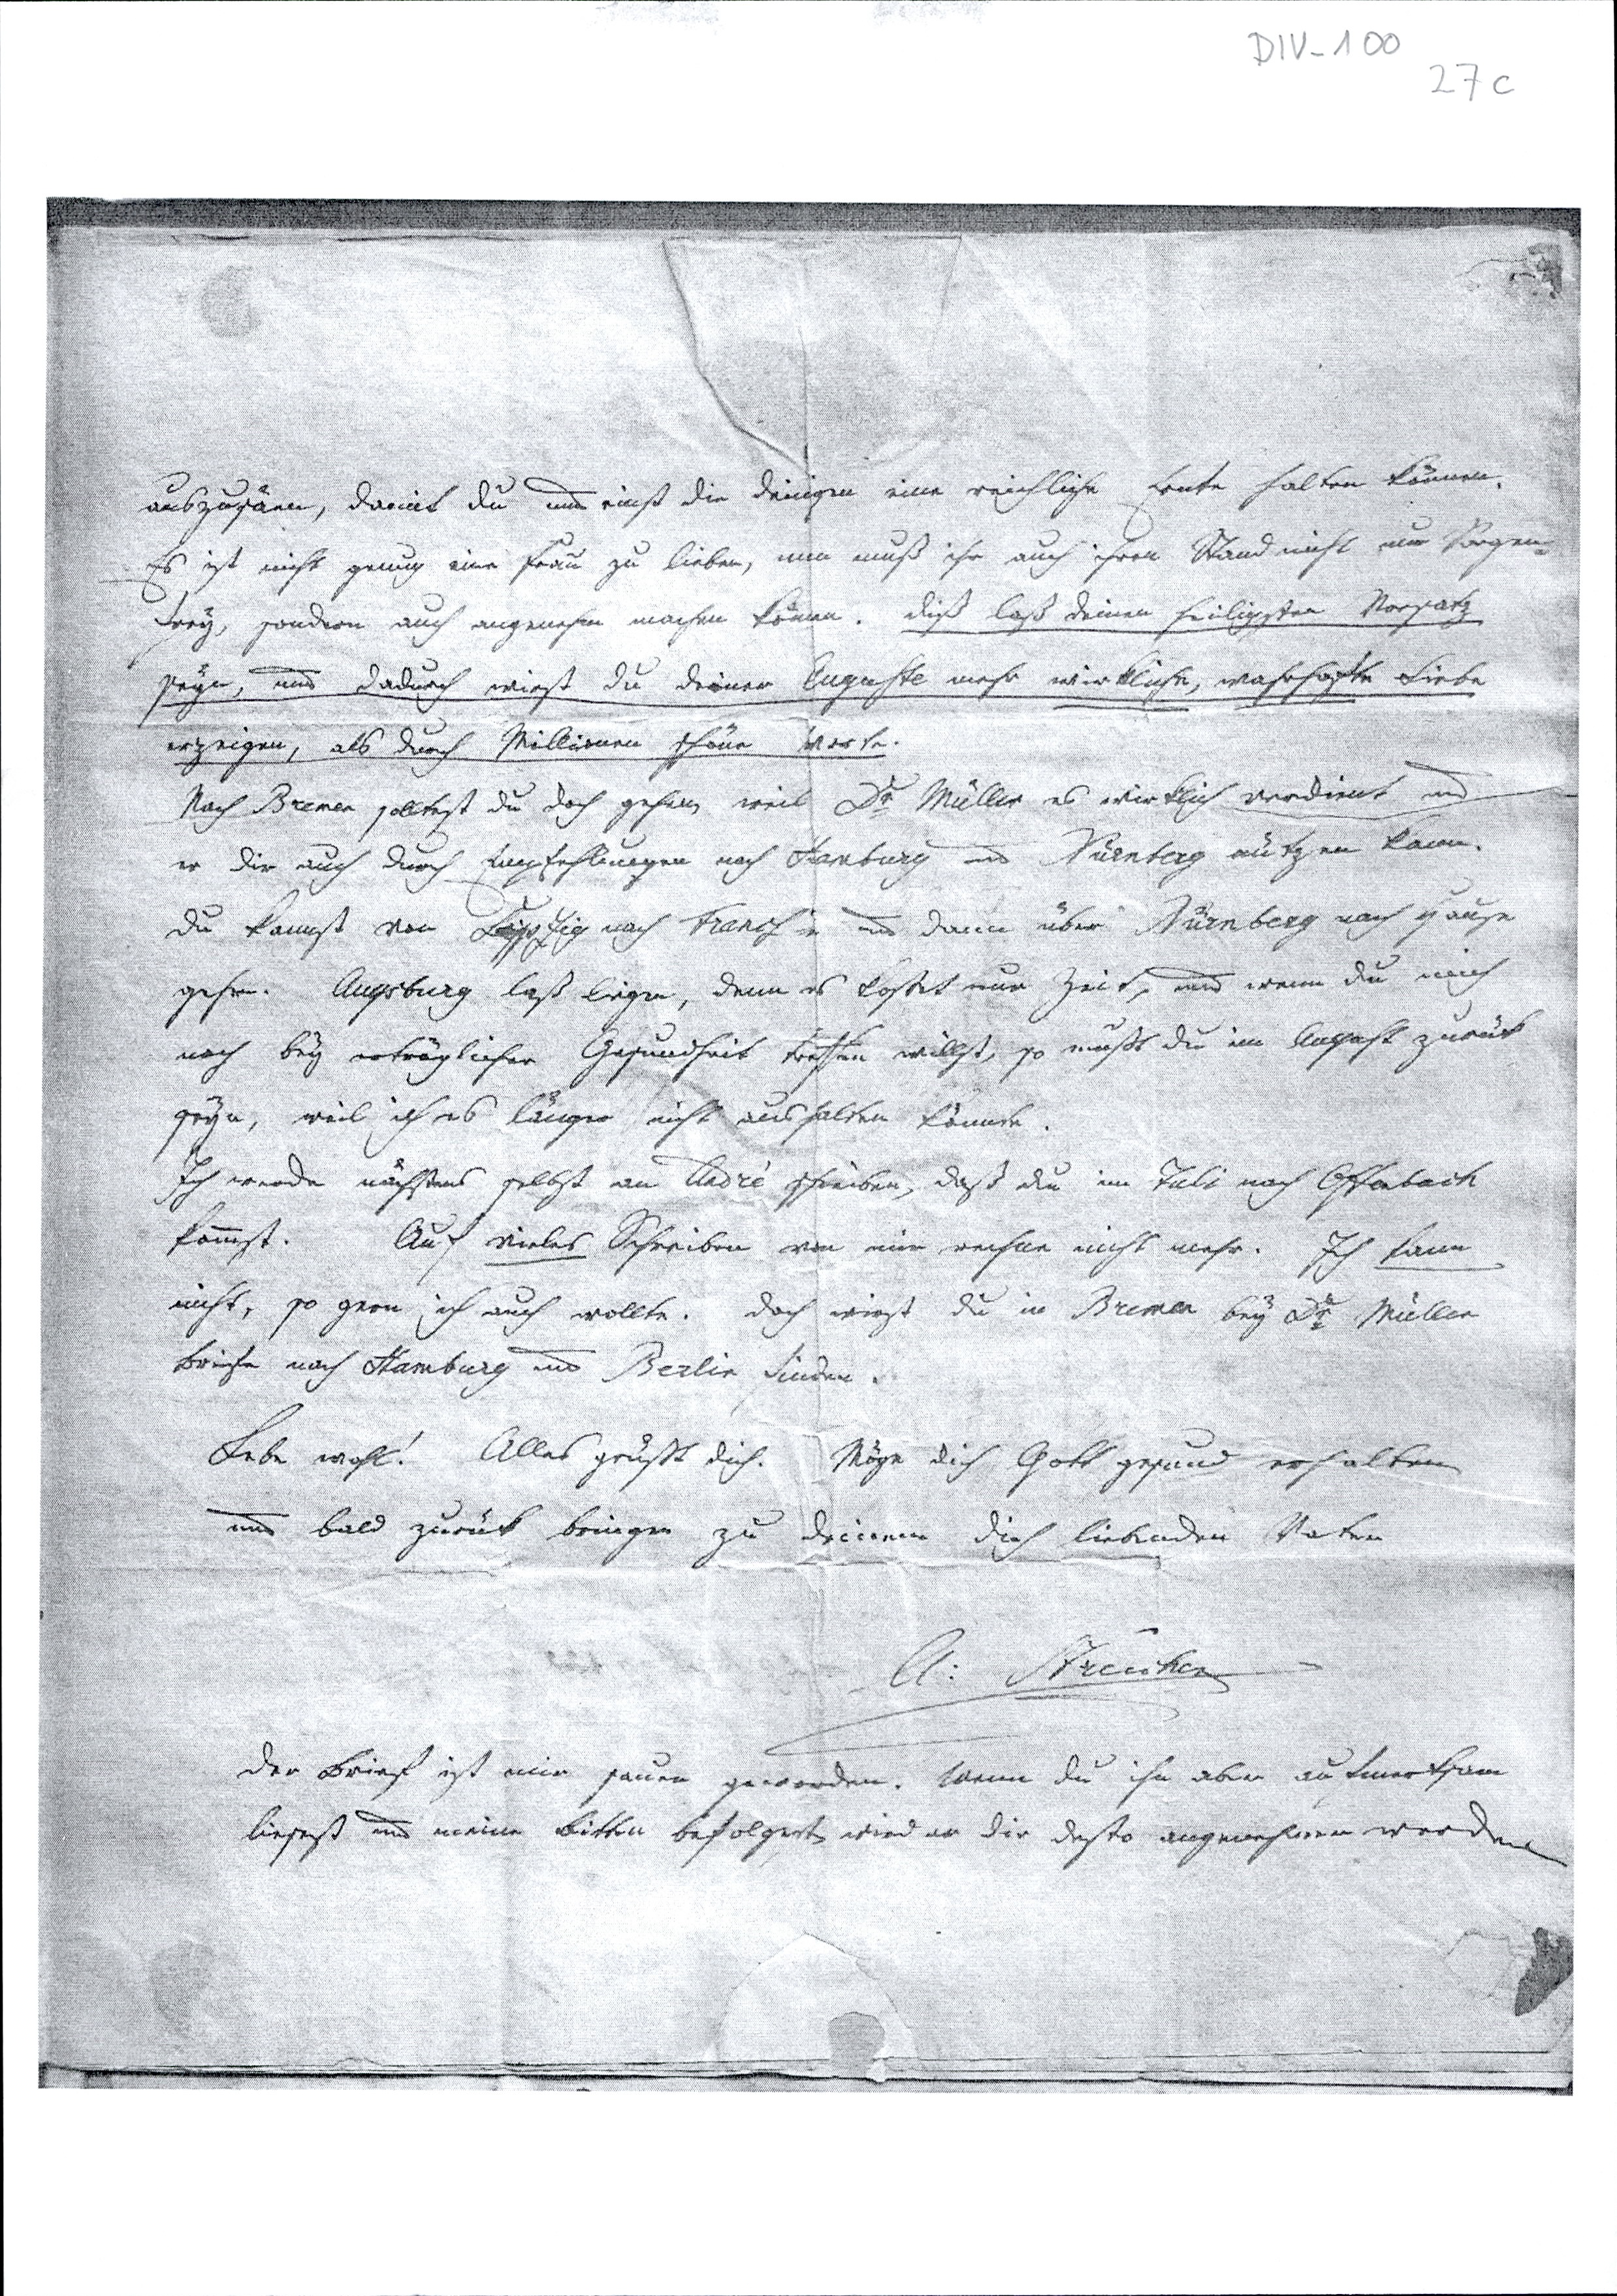
auszusäen, damit Du und einst die Deinigen eine reichliche Ernte halten können.
Es ist nicht genug, eine Frau zu lieben, man muß ihr auch ihren Stand nicht nur Sorgen¬
frey, sondenr auch angenehm machen können. Daß laß deinen heiligsten Vorsatz
seyn, und dadurch wirst Du Deiner Auguste mehr wirkliche, wahrhafte Liebe
erzeigen, als Durch Millionen schöne Worte.
Nach Bremen solltest Du doch gehen weil Dr. Müller es wirklich verdient und
er Dir auch Durch Empfehlungen nach Hamburg und Nürnberg nützen kann.
Du kannst von Leipzig nach Frankf und dann über Nürnberg nach Hause
gehen. Augsburg laß liegen, denn es kostet nur Zeit, und wenn Du mich
noch bey erträglicher Gesundheit treffen willst, so mußt Du im August zurück
seyn, weil ich es länger nicht aushalten könnte.
Ich werde nächstens selbst an André schreiben, daß Du im Juli nach Offenbach
kommst. Auf vieles Schreiben von mir rechne nicht mehr. Ich kann
nicht, so gern ich auch wollte. Doch wirst Du in Bremen bey Dr. Müller
Briefe nach Hamburg und Berlin finden.
Lebe wohl! Alles grüßt Dich. Möge Dich Gott gesund erhalten
und bald zurück bringen zu Deinem Dich liebenden Vater.
A: Streicher
Der Brief ist mir sauer geworden. Darum Du ihn aber aufmerksam
liesest und meine Bitte befolgest, wird er Dir desto angenehmer werden.